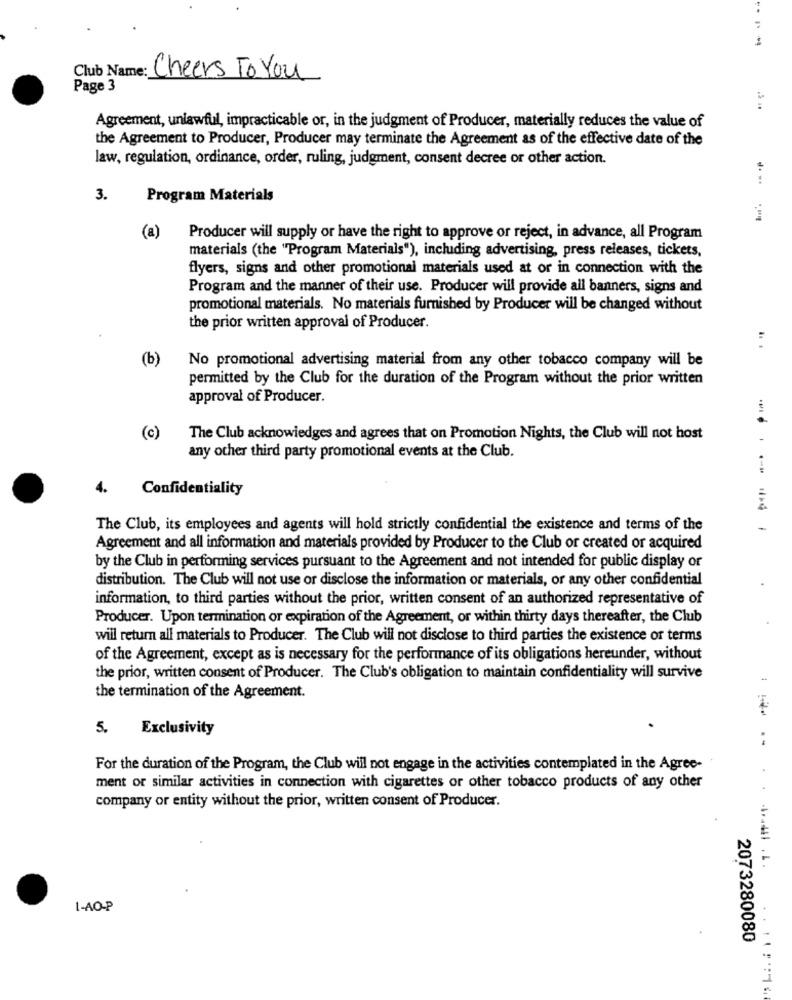
Club Name: Cheers To You
Page 3
Agreement, unlawful, impracticable or, in the judgment of Producer, materially reduces the value of
the Agreement to Producer, Producer may terminate the Agreement as of the effective date of the
law, regulation, ordinance, order, ruling, judgment, consent decree or other action.
3.
Program Materials
(a)
Producer will supply or have the right to approve or reject, in advance, all Program
materials (the "Program Materials"), including advertising, press releases, tickets,
flyers, signs and other promotional materials used at or in connection with the
Program and the manner of their use. Producer will provide all banners, signs and
promotional materials. No materials furnished by Producer will be changed without
the prior written approval of Producer.
(b)
No promotional advertising material from any other tobacco company will be
permitted by the Club for the duration of the Program without the prior written
approval of Producer.
(c)
The Club acknowledges and agrees that on Promotion Nights, the Club will not host
any other third party promotional events at the Club.
4.
Confidentiality
The Club, its employees and agents will hold strictly confidential the existence and terms of the
Agreement and all information and materials provided by Producer to the Club or created or acquired
by the Club in performing services pursuant to the Agreement and not intended for public display or
distribution. The Club will not use or disclose the information or materials, or any other confidential
information, to third parties without the prior, written consent of an authorized representative of
Producer. Upon termination or expiration of the Agreement, or within thirty days thereafter, the Club
will return all materials to Producer. The Club will not disclose to third parties the existence or terms
of the Agreement, except as is necessary for the performance of its obligations hereunder, without
the prior, written consent of Producer. The Club's obligation to maintain confidentiality will survive
the termination of the Agreement.
5. Exclusivity
.
For the duration of the Program, the Club will not engage in the activities contemplated in the Agree-
ment or similar activities in connection with cigarettes or other tobacco products of any other
company or entity without the prior, written consent of Producer.
1-AO-P
2073280080